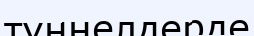
туннелдерде